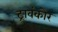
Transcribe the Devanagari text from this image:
ट्रावंकोर